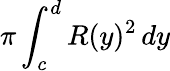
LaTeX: \pi\int_{c}^{d}R(y)^{2}\, dy